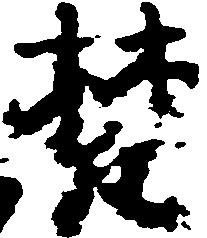
梵